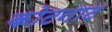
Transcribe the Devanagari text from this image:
कोटनाट